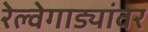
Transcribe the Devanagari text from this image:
रेल्वेगाड्यांवर